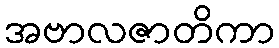
အဗာလဇာတိကာ